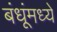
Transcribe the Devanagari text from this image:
बंधूंमध्ये